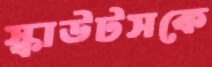
স্কাউটসকে